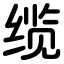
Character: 缆